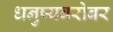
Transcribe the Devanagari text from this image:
धनुष्यबरोबर